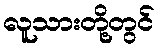
လူသားတို့တွင်